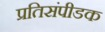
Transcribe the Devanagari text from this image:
प्रतिसंपीडक